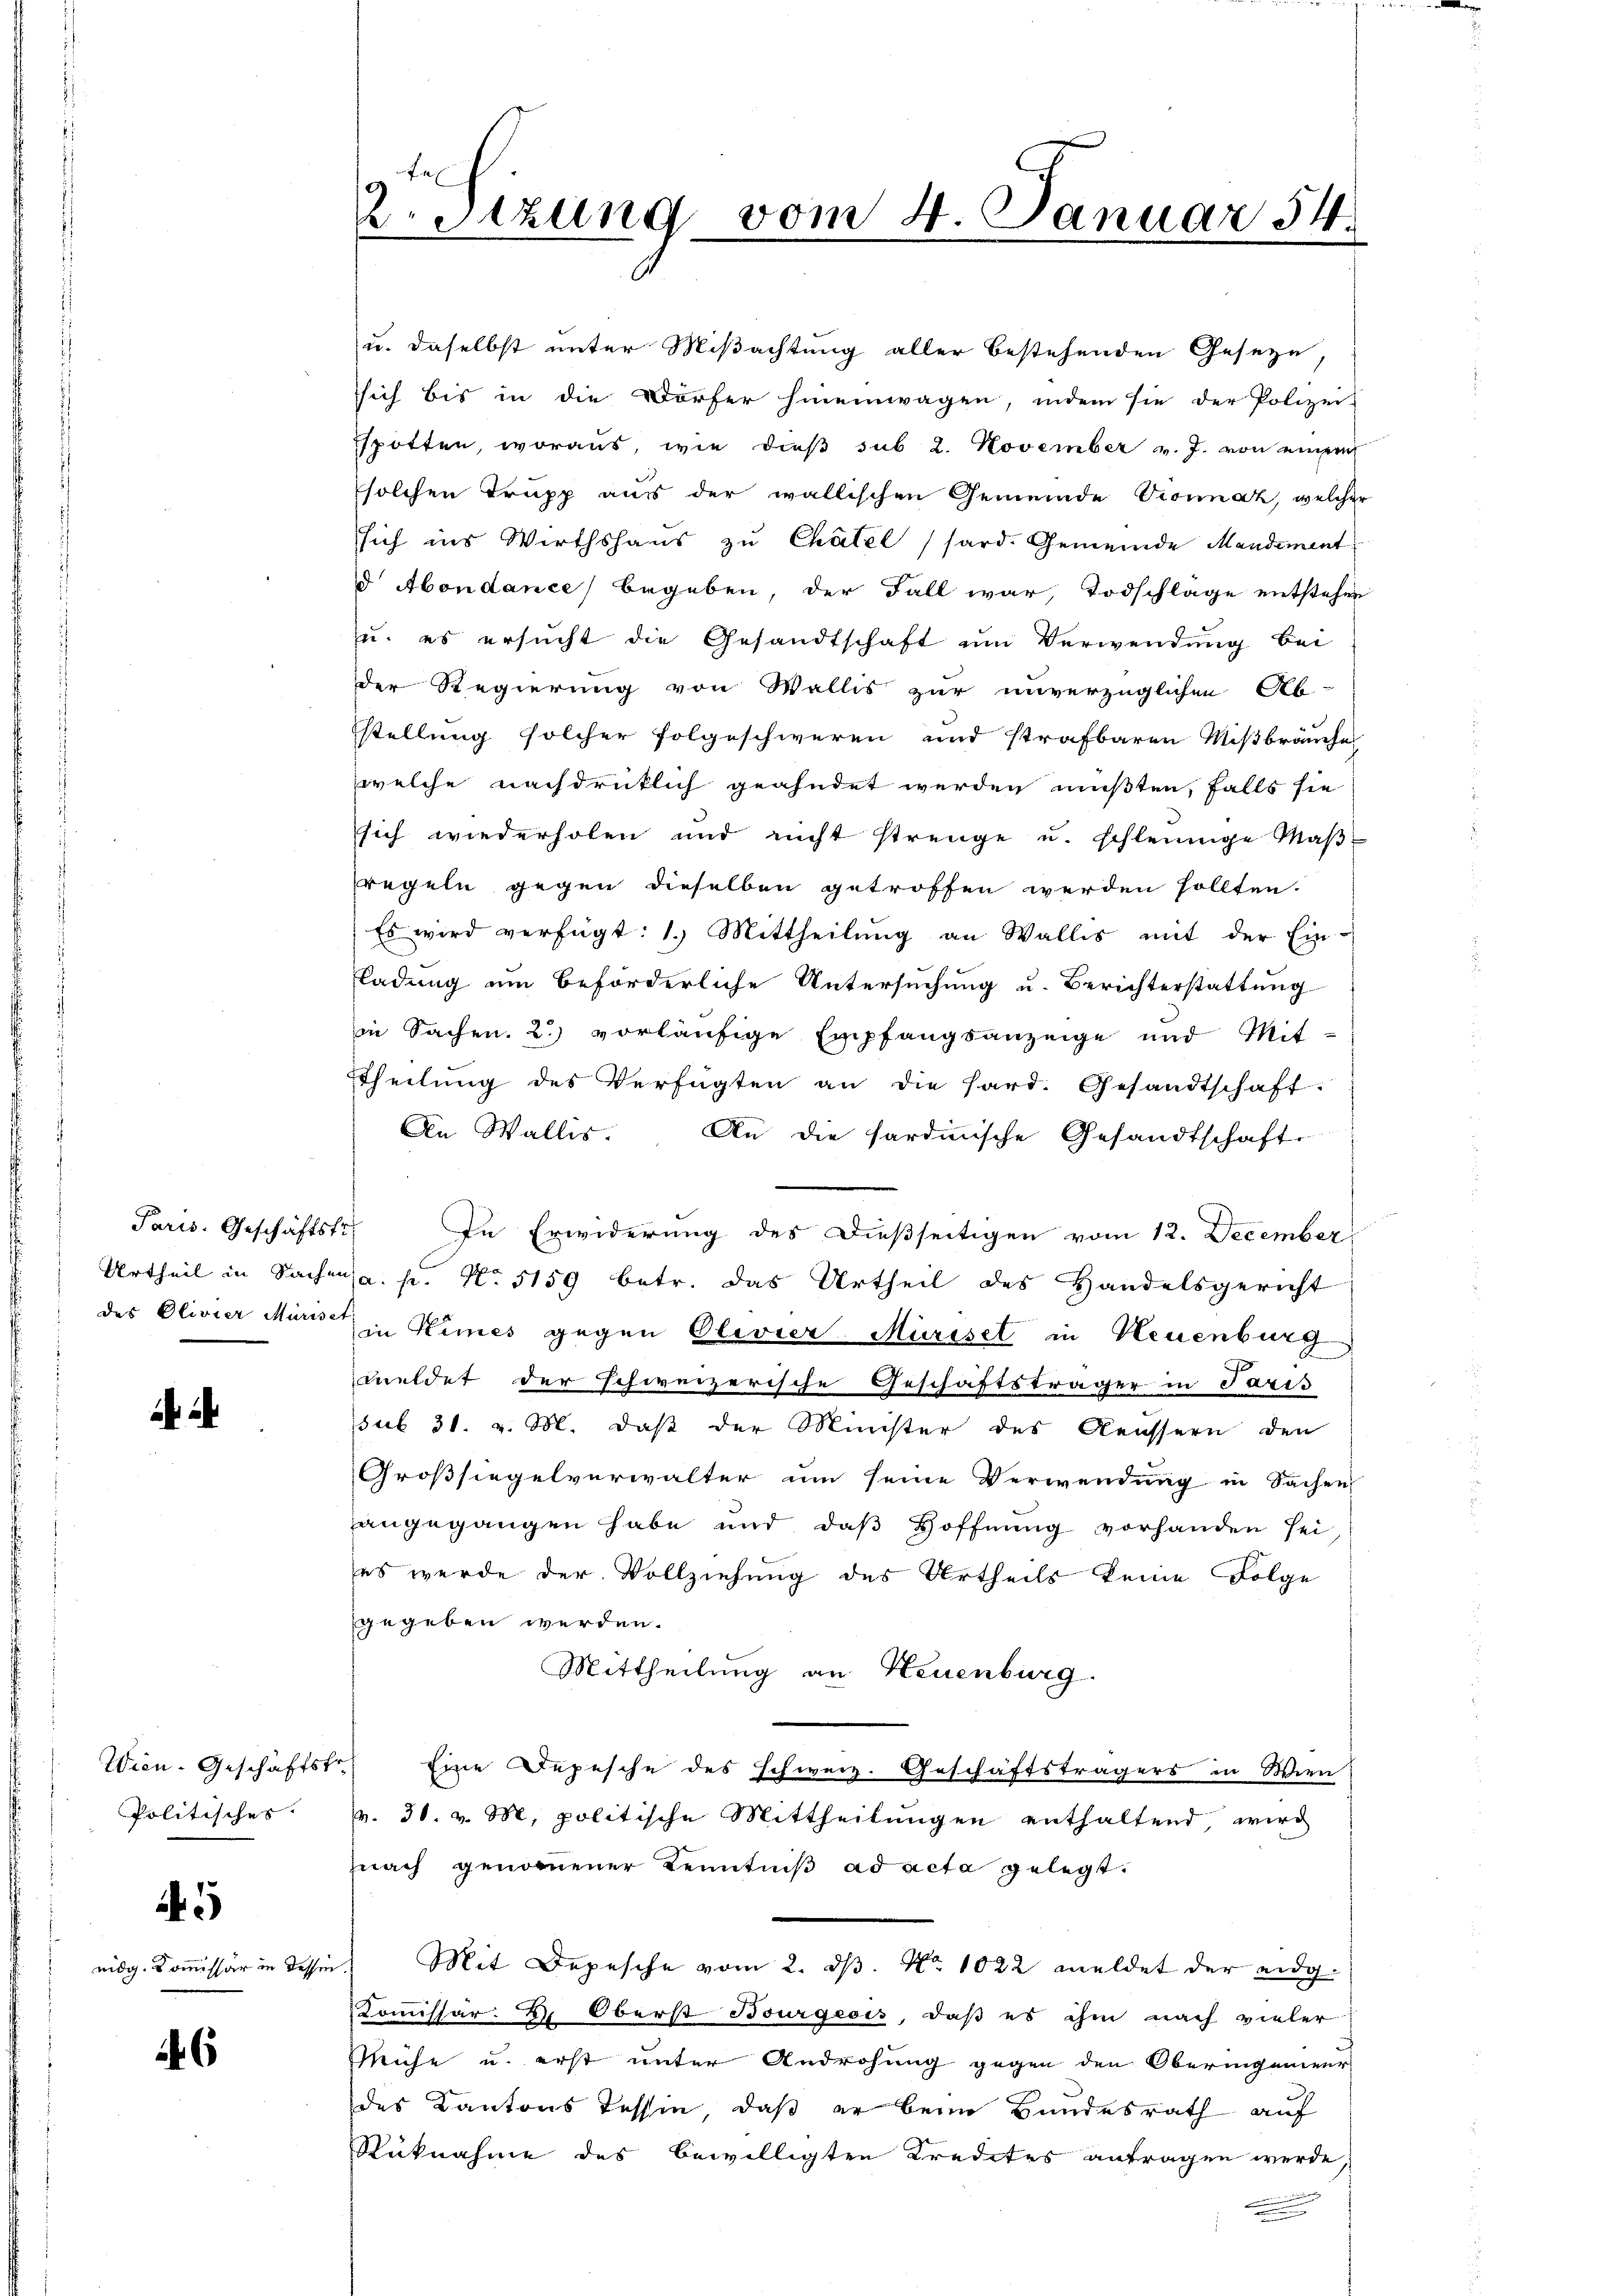
Paris. Geschäftstr

Wien. Geschäftst
Politisches.

nidg. Kommissär in desse

A

6

9 te
Sitzung vom 4. Januar 54.

u. daselbst unter Mißachtung aller bestehenden Geseyn,
sich bis in die Dörfer hineinwagen, indem sie der Polizei-
spotten, woraus, wie dieß sub 2. November v. J. von einem
solchen Trupp aus der wallischen Gemeinde Vionnaz, welcher
sich ins Wirthshaus zu Chätel (sard. Gemeinde Mandement
d Abendance begeben, der Fall war, Todschlage entstehen
u. es ersucht die Gesandtschaft um Verwendung bei
der Regierung von Wallis zur unverzüglichen Ab-
stellung solcher folgeschweren und strafbaren Mißbräuche
welche nachdrücklich geahndet werden mußten, falls sie
sich wiederholen und nicht strenge u. schleinige Maβ-
regeln gegen dieselben getroffen werden sollten.
Es wird verfügt: 1.) Mittheilung an Wallis mit der Ein-
ladung ein beförderliche Untersuchung u. Berichterstattung
in Sachen. 2) vorläufige Empfangsanzeige und Mit-
Theilung des Verfügten an die hard. Gesandtschaft.
An Wallis. An die Sardinische Gesandtschaft
In Erwiderung des Dießseitigen vom 12. December
Urtheil in Sachen a. p. No 5159 betr. das Urtheil des Handelsgericht
des Clivier Müris in Himes gegen Olivier Müriset in Neuenburg
meldet der schweizerische Geschäftsträger in Paris
sub 31. v. M. daß der Minister des Aeussern den
Großsiegelverwalter um seine Verwendung in Sachen
angegangen habe und daß Hoffnung vorhanden sei
es werde der Vollziehung des Urtheils keine Folge
gegeben werden.
Mittheilung an Neuenburg.
 Eine Depesche des Schweiz. Geschäftsträgers in Wien
v. 30. v. M. politische Mittheilungen enthaltend wird
nach genommener Kenntniß ad acta gelegt.
Mit Depesche vom 2. d. No 1022 meldet der eidg
Kommissär H. Oberst Bourgeois, daß es ihm nach vieler
Mühe u. erst unter Androhung gegen den Oberingenieur
des Kantons Tessin, daß er beim Bundesrath auf
Rüknahme des bewilligten Kredites antragen werde,
.